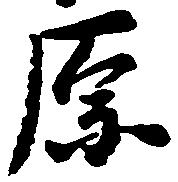
原